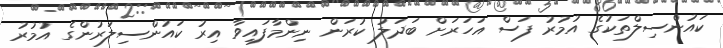
ކައުންސިލްތަކުގެ އުމުރު ފަސް އަހަރަށް ބަދަލު ކުރަން ނިންމާފައިވާ އިރު ކައުންސިލަރުންގެ އުމުރު